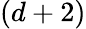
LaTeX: (d+2)